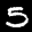
Digit: 5